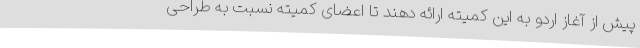
پیش از آغاز اردو به این کمیته ارائه دهند تا اعضای کمیته نسبت به طراحی